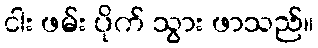
ငါး ဖမ်း ပိုက် သွား ဖာသည်။